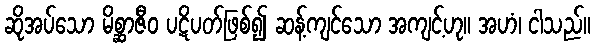
ဆိုအပ်သော မိစ္ဆာဇီဝ ပဋိပတ်ဖြစ်၍ ဆန့်ကျင်သော အကျင့်ဟု။ အဟံ၊ ငါသည်။